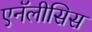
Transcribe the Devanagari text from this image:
एनॅलीसिस